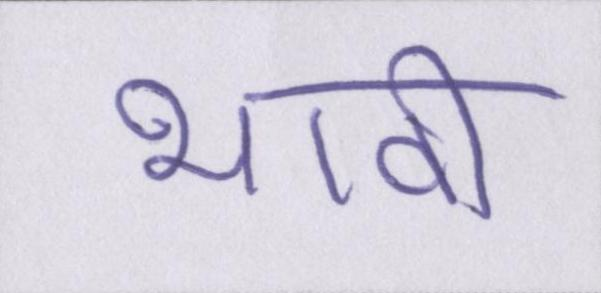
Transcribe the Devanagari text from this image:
भावी